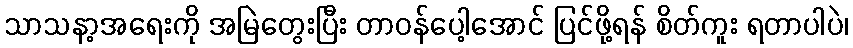
သာသနာ့အရေးကို အမြဲတွေးပြီး တာဝန်ပေါ့အောင် ပြင်ဖို့ရန် စိတ်ကူး ရတာပါပဲ၊